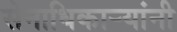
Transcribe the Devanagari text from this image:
सेनाधिकार्‍यांनी